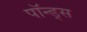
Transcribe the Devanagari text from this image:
पॉन्ड्स